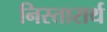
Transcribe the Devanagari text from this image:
निस्तारार्थ